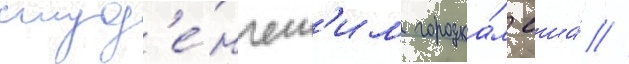
студ'е́нческ'им городка́м сша́ //